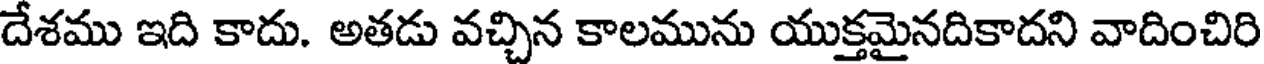
దేశము ఇది కాదు. అతడు వచ్చిన కాలమును యుక్తమైనదికాదని వాదించిరి